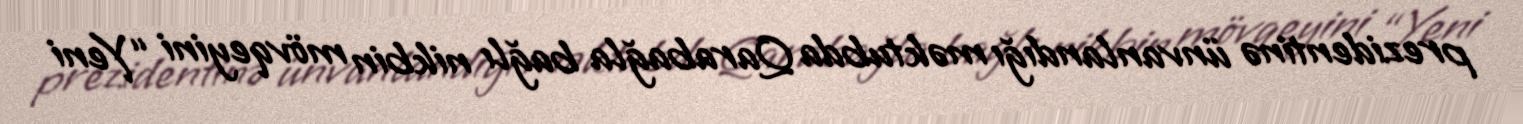
prezidentinə ünvanlandığı məktubda Qarabağla bağlı nikbin mövqeyini “Yeni